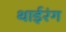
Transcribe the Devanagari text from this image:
थाईरंग